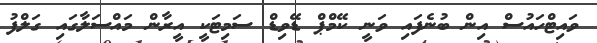
ވައިޓްހައުސް އިން ބުނެފައި ވަނީ ކޭމްޕް ޑޭވިޑް ސަމިޓަކީ އީރާން މަައްސަލާގައި ގަލްފު